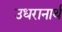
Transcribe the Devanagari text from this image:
उधरानार्थ